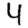
Digit: 4